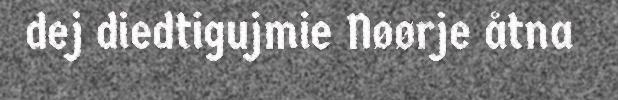
dej diedtigujmie Nøørje åtna